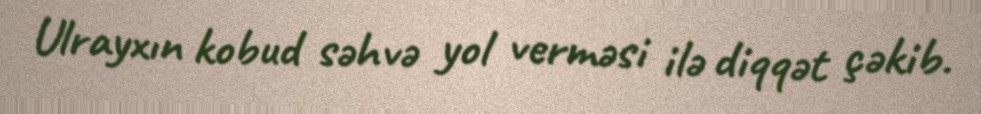
Ulrayxın kobud səhvə yol verməsi ilə diqqət çəkib.